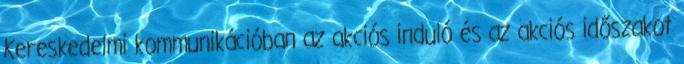
Kereskedelmi kommunikációban az akciós induló és az akciós időszakot